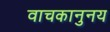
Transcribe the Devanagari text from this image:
वाचकानुनय